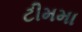
ટીમમા